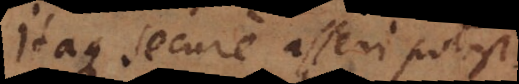
Itaque secure asseri potest